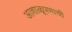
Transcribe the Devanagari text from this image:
आशाळूपणाची